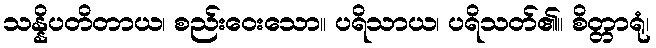
သန္နိပတိတာယ၊ စည်းဝေးသော။ ပရိသာယ၊ ပရိသတ်၏။ စိတ္တာရုံ၊